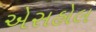
એસહોલ